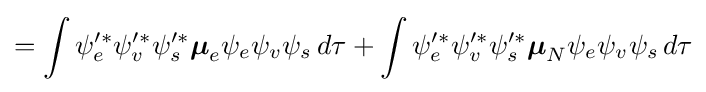
=\int \psi _{e}'^{*}\psi _{v}'^{*}\psi _{s}'^{*}{\boldsymbol {\mu }}_{e}\psi _{e}\psi _{v}\psi _{s}\,d\tau +\int \psi _{e}'^{*}\psi _{v}'^{*}\psi _{s}'^{*}{\boldsymbol {\mu }}_{N}\psi _{e}\psi _{v}\psi _{s}\,d\tau